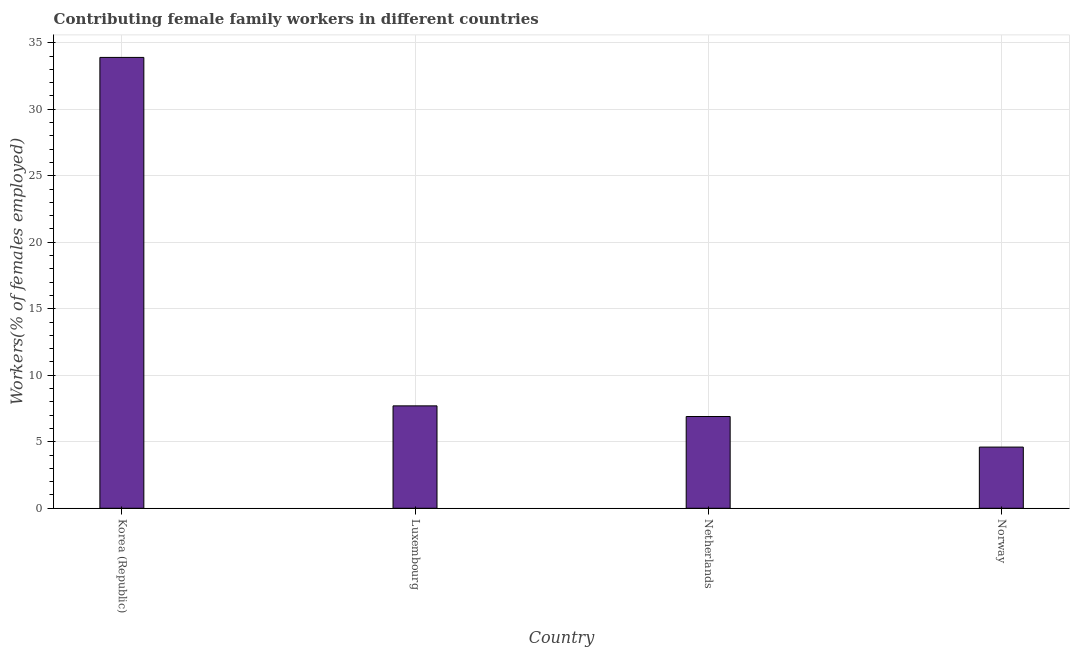
| Country | Contributing family workers |
 | --- | --- |
 | Korea (Republic) | 33.9 |
 | Luxembourg | 7.7 |
 | Netherlands | 6.9 |
 | Norway | 4.6 |